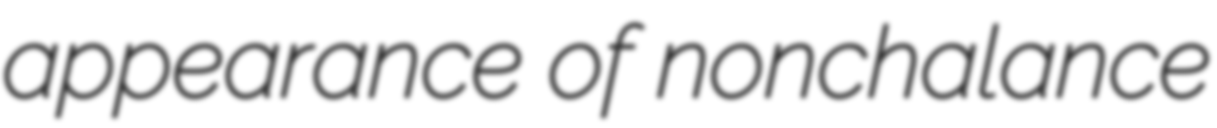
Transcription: appearance of nonchalance